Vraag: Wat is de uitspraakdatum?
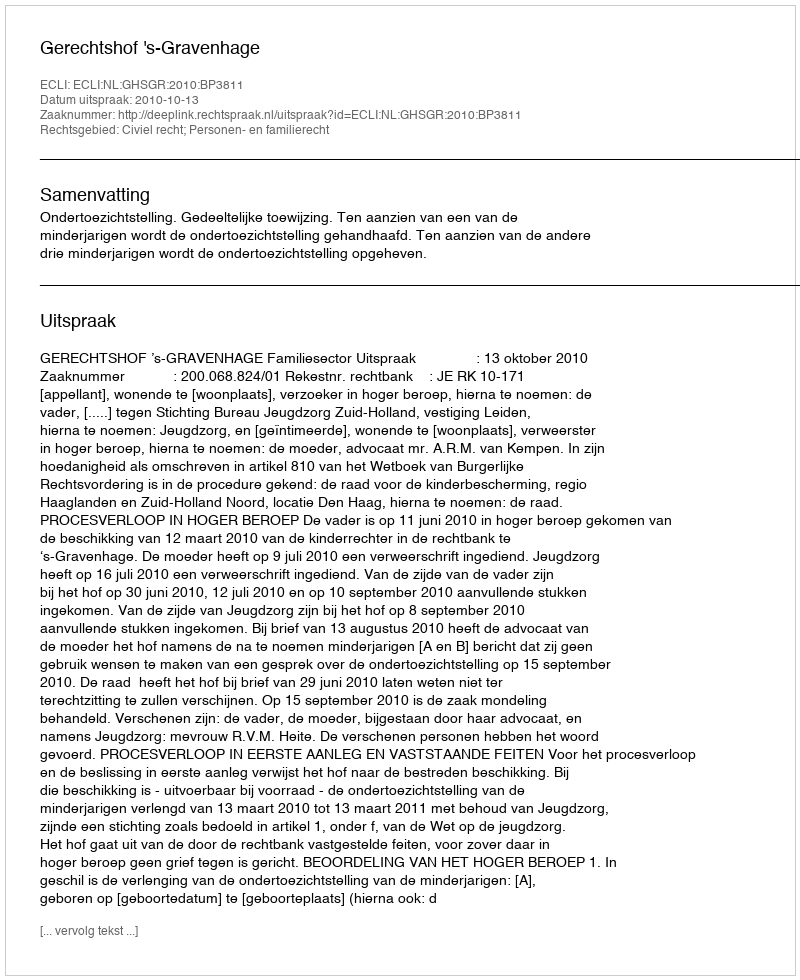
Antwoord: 2010-10-13